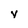
Character: y